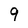
Character: 9